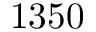
1 3 5 0